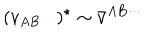
( v _ { A B \cdots } ) ^ { \star } \sim \bar { v } ^ { A B \cdots }